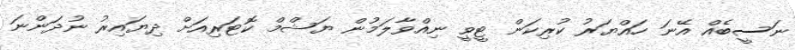
ނަސީބެއް އޭނަ ހައްޔަރު ކުރިކަން ޓީވީ ނިއްވާލަމުން ޔަޝްމް ކޮޓަރިއަށް ދިޔައިރު ނުދަންނަ